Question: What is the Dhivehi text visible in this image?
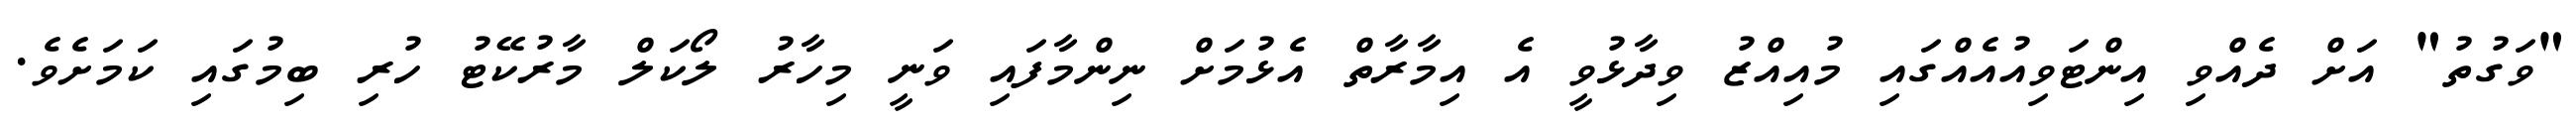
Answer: "ވަގުތު" އަށް ދެއްވި އިންޓަވިއުއެއްގައި މުއިއްޒު ވިދާޅުވީ އެ އިމާރާތް އެޅުމަށް ނިންމާފައި ވަނީ މިހާރު ލޯކަލް މާރުކޭޓު ހުރި ބިމުގައި ކަމަށެވެ.